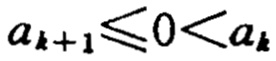
\(a_{k + 1} \leq 0 < a_{k}\)